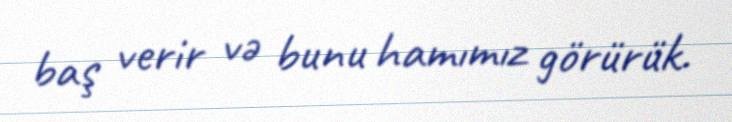
baş verir və bunu hamımız görürük.